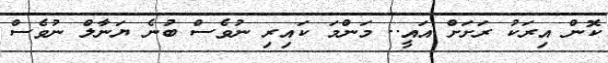
ކޮން އިރަކު ރަށަށް އައީ.. މަންމަ ކައިރި ނުވެސް ބުނެ ޔަނާލް ނުވެސް